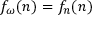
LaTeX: f _ { \omega } ( n ) = f _ { n } ( n )